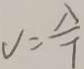
V = \frac { \lambda } { T }